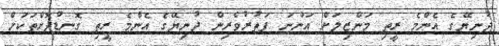
ދުނިޔޭގެ އެންމެ ރީތި މަންޒިލަށް އަންނަ ފަތުރުވެރިން ދުނިޔޭގެ އެންމެ ރީތި ގޮނޑުދޮށްތަކަށް